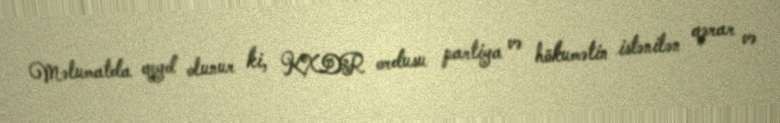
Məlumatda qeyd olunur ki, KXDR ordusu partiya və hökumətin istənilən qərar və